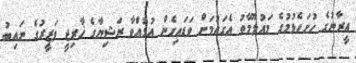
އީރާނުގެ ހުށަހެޅުމުގެ މައުލޫމާތު އެގައުމަށް ވަޑައިގެން އުޅުއްވާ ރަޝިޔާގެ ޚާރިޖީ ވަޒީރުގެ ނައިބު